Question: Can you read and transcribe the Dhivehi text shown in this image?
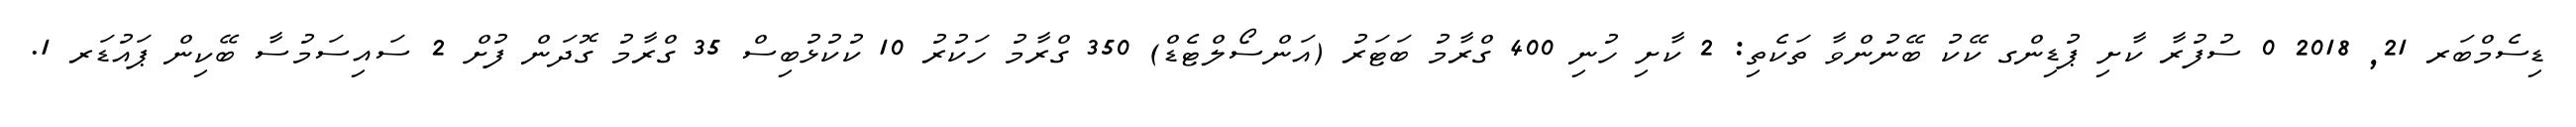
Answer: ޑިސެމްބަރ 21, 2018 0 ސުފުރާ ކާށި ޕުޑިންގ ކޭކު ބޭނުންވާ ތަކެތި: 2 ކާށި ހުނި 400 ގްރާމު ބަޓަރު (އަންސޯލްޓެޑް) 350 ގްރާމު ހަކުރު 10 ކުކުޅުބިސް 35 ގްރާމު ގޮދަން ފުށް 2 ސައިސަމުސާ ބޭކިން ޕައުޑަރ 1.